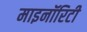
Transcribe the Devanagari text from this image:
माइनॉरिटी